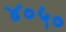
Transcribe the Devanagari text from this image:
४०५०